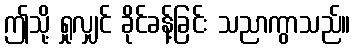
ဤသို့ ရှုလျှင် ခိုင်ခန့်ခြင်း သညာကွာသည်။